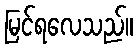
မြင်ရလေသည်။